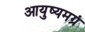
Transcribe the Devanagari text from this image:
आयुष्यमग्रं